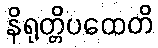
နိရုတ္တိပထေတိ